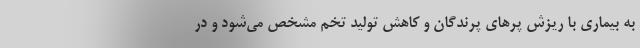
به بیماری با ریزش پرهای پرندگان و کاهش تولید تخم مشخص می‌شود و در